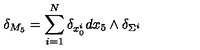
\delta _ { M _ { 5 } } = \sum _ { i = 1 } ^ { N } \delta _ { x _ { 0 } ^ { i } } d x _ { 5 } \wedge \delta _ { \Sigma ^ { i } }